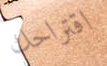
اقتراحك